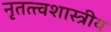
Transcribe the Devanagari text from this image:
नृतत्त्वशास्त्रीय